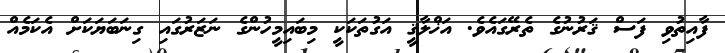
ފާއިތުވި ފަސް ޤަރުނުގެ ތެރޭގައެވެ. އަޚްލާޤީ އަގުތަކަކީ މިބައިމީހުންގެ ނަޒަރުގައި ގިނަބަޔަކަށް އެކަމެއް